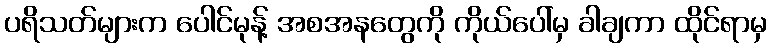
ပရိသတ်များက ပေါင်မုန့် အစအနတွေကို ကိုယ်ပေါ်မှ ခါချကာ ထိုင်ရာမှ